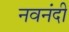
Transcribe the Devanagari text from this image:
नवनंदी